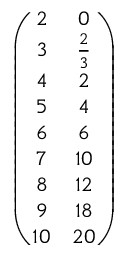
\begin{array} { r } { \left( \begin{array} { c c } { 2 } & { 0 } \\ { 3 } & { \frac { 2 } { 3 } } \\ { 4 } & { 2 } \\ { 5 } & { 4 } \\ { 6 } & { 6 } \\ { 7 } & { 1 0 } \\ { 8 } & { 1 2 } \\ { 9 } & { 1 8 } \\ { 1 0 } & { 2 0 } \end{array} \right) } \end{array}